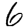
Digit: 6